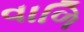
વાળિ